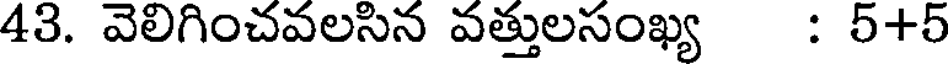
43. వెలిగించవలసిన వత్తులసంఖ్య : 5+5